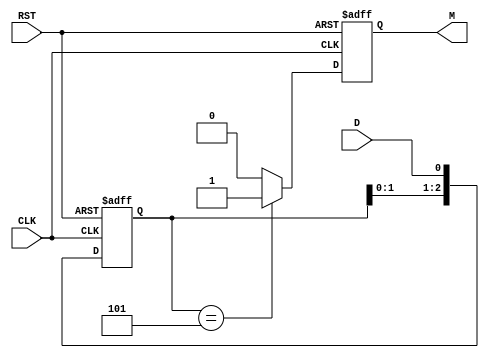
module pattern_detector (
    input wire D,        // Serial data input
    input wire CLK,      // Clock signal
    input wire RST,      // Asynchronous reset
    output reg M         // Match output
);

    // Define the pattern to be detected
    parameter PATTERN = 3'b101; // Pattern to detect (3 bits)
    parameter PATTERN_LENGTH = 3; // Length of the pattern

    // State registers
    reg [PATTERN_LENGTH-1:0] state;

    // Asynchronous reset and state update on clock edge
    always @(posedge CLK or posedge RST) begin
        if (RST) begin
            state <= 0; // Reset state
            M <= 0;     // Reset match output
        end else begin
            // Shift in the new bit
            state <= {state[PATTERN_LENGTH-2:0], D}; // Shift left and insert new data bit

            // Check for match
            if (state == PATTERN) begin
                M <= 1; // Pattern detected
            end else begin
                M <= 0; // No match
            end
        end
    end

endmodule